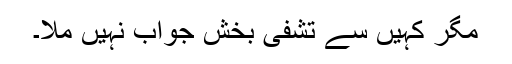
مگر کہیں سے تشفی بخش جواب نہیں ملا۔